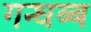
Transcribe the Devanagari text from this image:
गन्धब्ब